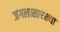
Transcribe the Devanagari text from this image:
जंगलासारख्या